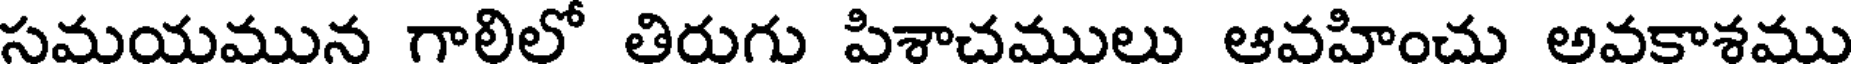
సమయమున గాలిలో తిరుగు పిశాచములు ఆవహించు అవకాశము